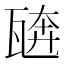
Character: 𰢣